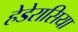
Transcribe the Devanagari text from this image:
हेडेरासिया